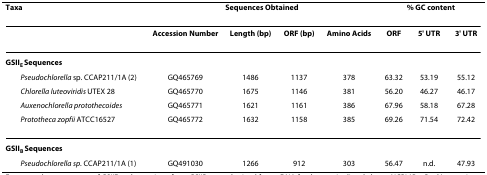
<table><thead><tr><td><b>Taxa</b></td><td colspan="4"><b>Sequences Obtained</b></td><td colspan="3"><b>% GC content</b></td></tr></thead><tbody><tr><td></td><td><b>Accession Number</b></td><td><b>Length (bp)</b></td><td><b>ORF (bp)</b></td><td><b>Amino Acids</b></td><td><b>ORF</b></td><td><b>5&#x27; UTR</b></td><td><b>3&#x27; UTR</b></td></tr><tr><td><b>GSII<sub>E </sub>Sequences</b></td><td></td><td></td><td></td><td></td><td></td><td></td><td></td></tr><tr><td> <i>Pseudochlorella </i>sp. CCAP211/1A (2)</td><td>GQ465769</td><td>1486</td><td>1137</td><td>378</td><td>63.32</td><td>53.19</td><td>55.12</td></tr><tr><td> <i>Chlorella luteoviridis </i>UTEX 28</td><td>GQ465770</td><td>1675</td><td>1146</td><td>381</td><td>56.20</td><td>46.27</td><td>46.17</td></tr><tr><td> <i>Auxenochlorella protothecoides</i></td><td>GQ465771</td><td>1621</td><td>1161</td><td>386</td><td>67.96</td><td>58.18</td><td>67.28</td></tr><tr><td> <i>Prototheca zopfii </i>ATCC16527</td><td>GQ465772</td><td>1632</td><td>1158</td><td>385</td><td>69.26</td><td>71.54</td><td>72.42</td></tr><tr><td><b>GSII<sub>B </sub>Sequences</b></td><td></td><td></td><td></td><td></td><td></td><td></td><td></td></tr><tr><td> <i>Pseudochlorella sp</i>. CCAP211/1A (1)</td><td>GQ491030</td><td>1266</td><td>912</td><td>303</td><td>56.47</td><td>n.d.</td><td>47.93</td></tr></tbody></table>